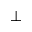
\perp